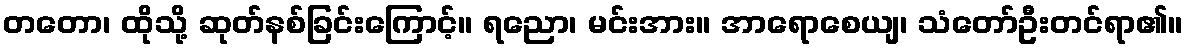
တတော၊ ထိုသို့ ဆုတ်နစ်ခြင်းကြောင့်။ ရညော၊ မင်းအား။ အာရောစေယျ၊ သံတော်ဦးတင်ရာ၏။